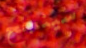
سينجح